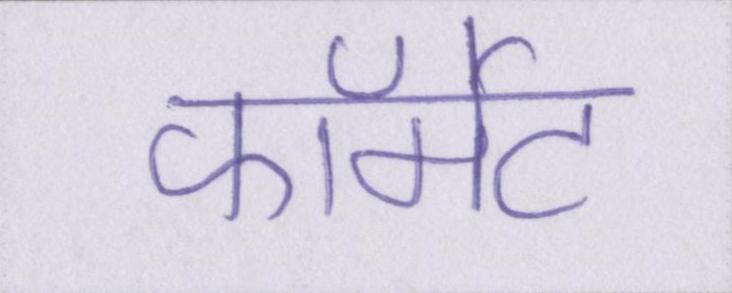
फॉर्मेट